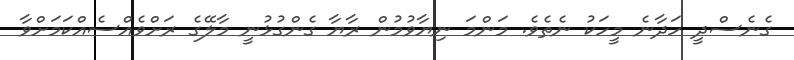
ގެނެސްދީ ހަދާނެ މީހަކު ނެތެވެ. މަންމަ ނިޔާވުމުން ރާޔާ ގެންގުޅުނީ މާލޭގެ ރަށްވެއްސެއްކަމަށްވާ